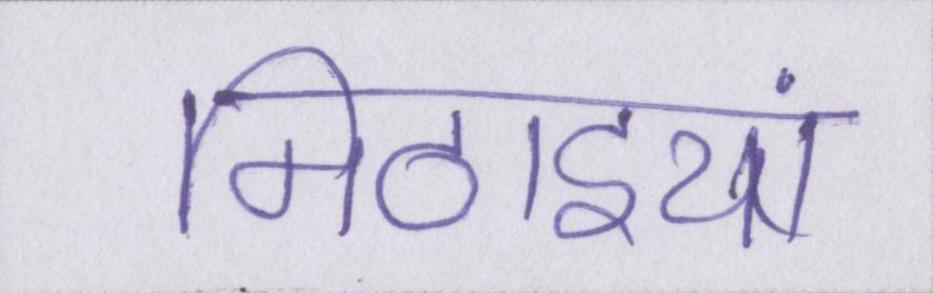
मिठाइयां